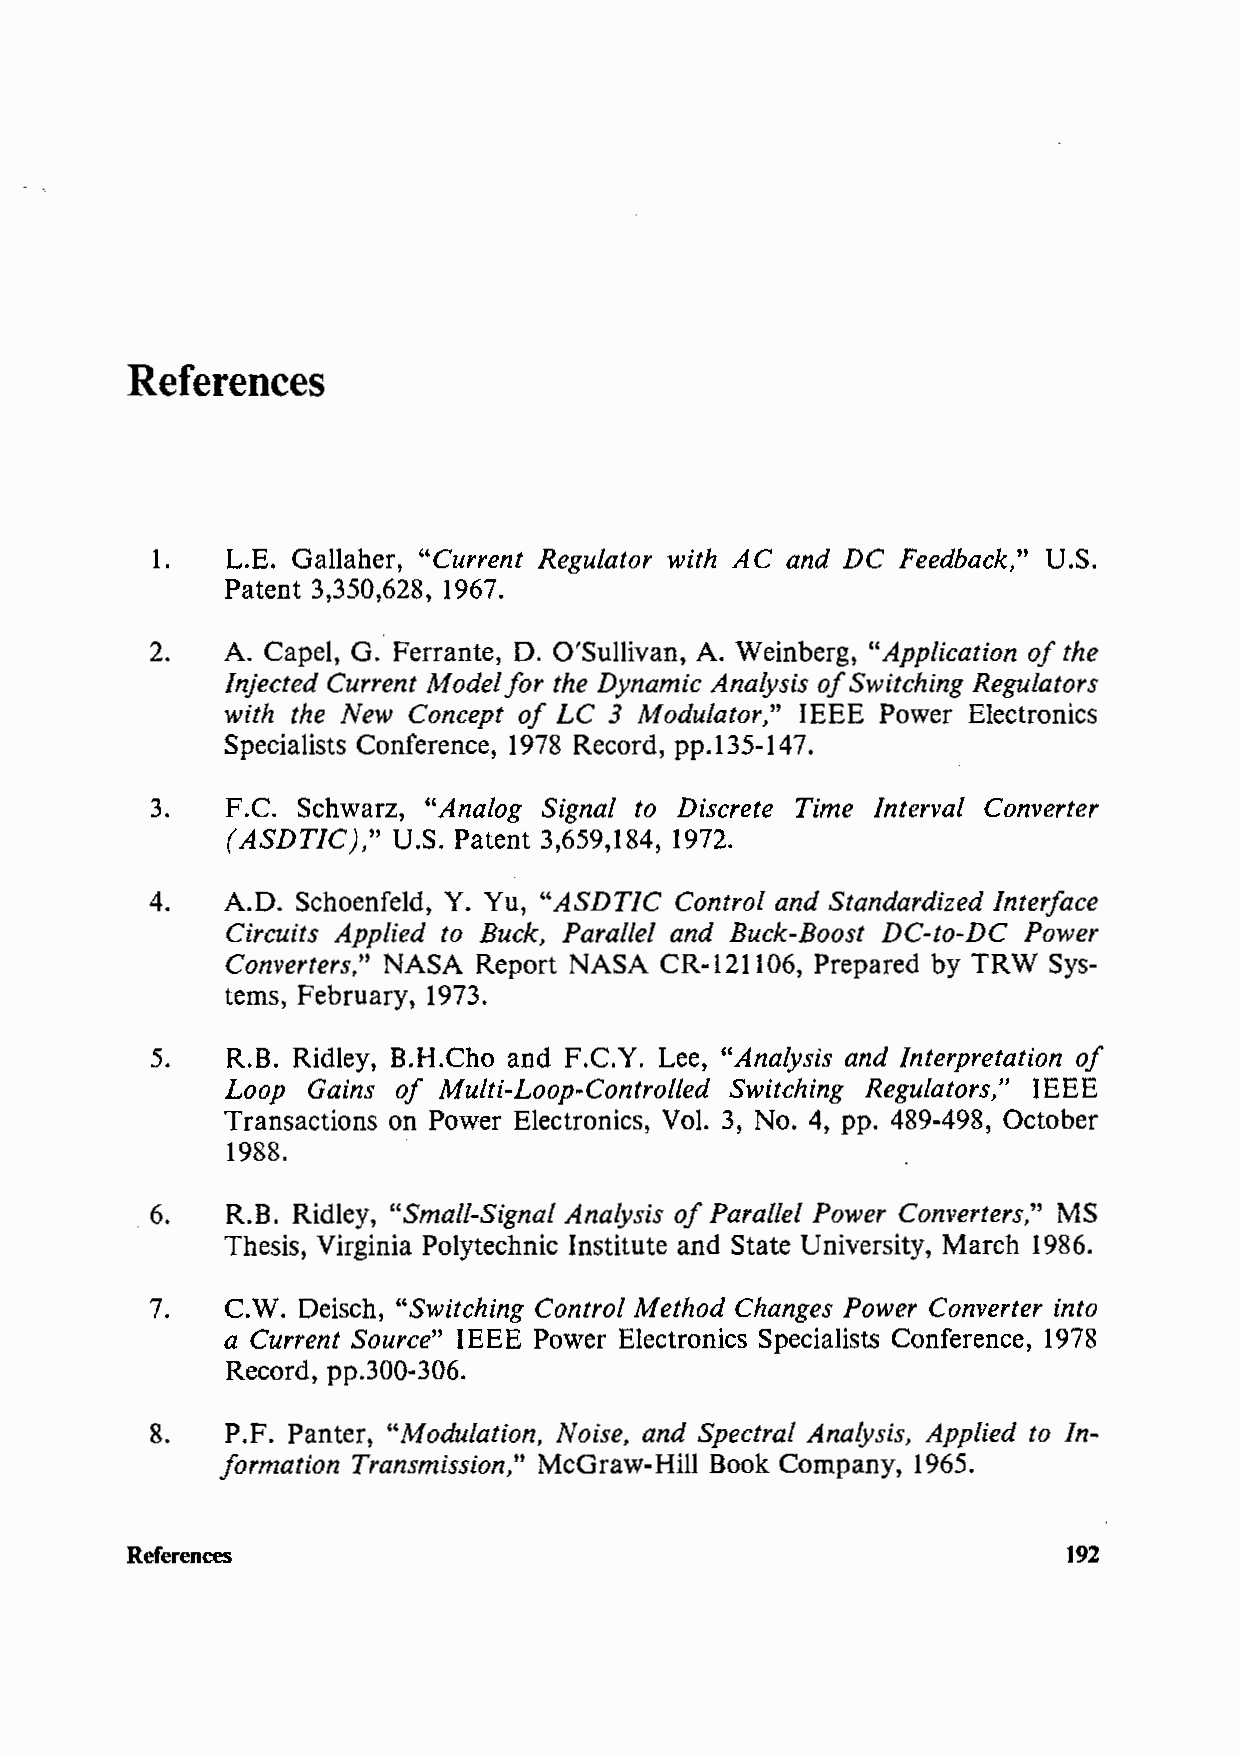
References
 1.   L.E. Gallaher, "Current Regulator with AC and DC Feedback," U.S.
 Patent 3,350,628, 1967.
 2.   A. Capel, G. Ferrante, D. O'Sullivan, A. Weinberg, "Application of the
 Injected Current Mode/ for the Dynamic Analysis of Switching Regulators
 with the New Concept of LC 3 Modulator," IEEE Power Electronics
 Specialists Conference, 1978 Record, pp.135-147.
 3.   F.C. Schwarz, "Analog Signal to Discrete Time Interval Converter
 ( ASDTIC)," U.S. Patent 3,659,184, 1972.
 4.   A.O. Schoenfeld, Y. Yu, "ASDTIC Control and Standardized Interface
 Circuits Applied to Buck, Parallel and Buck-Boost DC-to-DC Power
 Converters," NASA Report NASA CR-121106, Prepared by TRW Sys-
 tems, February, 1973.
 5.   R.B. Ridley, B.H.Cho and F.C.Y. Lee, "Analysis and Interpretation of
 Loop Gains of Multi-Loop-Controlled Switching Regulators," IEEE
 Transactions on Power Electronics, Vol. 3, No. 4, pp. 489-498, October
 1988 .
 . 6.  R.B. Ridley, "Small-Signal Analysis of Parallel Power Converters," MS
 Thesis, Virginia Polytechnic Institute and State University, March 1986.
 7.   C.W. Deisch, "Switching Control Method Changes Power Converter into
 a Current Source" IEEE Power Electronics Specialists Conference, 1978
 Record, pp.300-306.
 8.   P.F. Panter, "Modulation, Noise, and Spectral Analysis, Applied to In-
 formation Transmission," McGraw-Hill Book Company, 1965.
 References                                                     192